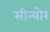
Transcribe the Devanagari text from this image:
सीन्योर